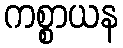
ကစ္စာယန